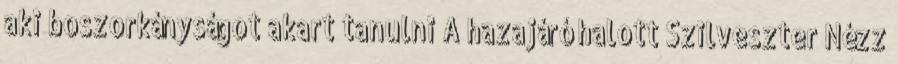
aki boszorkányságot akart tanulni A hazajáró halott Szilveszter Nézz